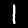
Label: 1